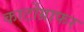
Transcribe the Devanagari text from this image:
कार्टोग्राफर